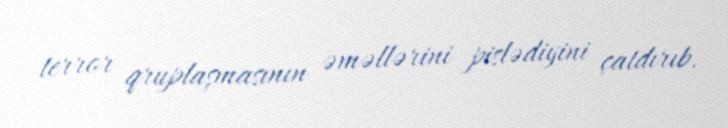
terror qruplaşmasının əməllərini pislədiyini çatdırıb.